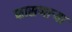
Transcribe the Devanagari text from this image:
फासणार्‍या